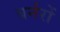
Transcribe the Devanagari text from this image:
बर्नरों